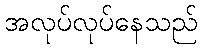
အလုပ်လုပ်နေသည်